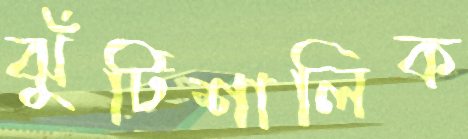
ঝুঁটিশালিক